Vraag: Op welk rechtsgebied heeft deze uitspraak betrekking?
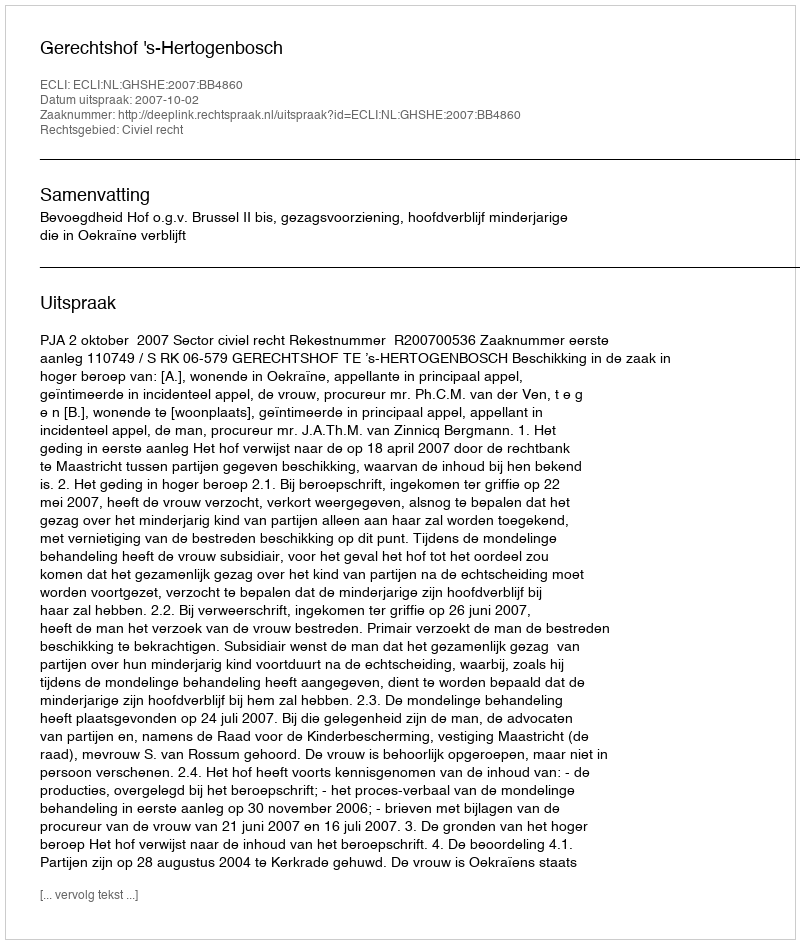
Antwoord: Civiel recht